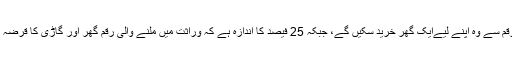
پانچ فیصد بچوں کو توقع ہے کہ اس رقم سے وہ اپنے لیےایک گھر خرید سکیں گے، جبکہ 25 فیصد کا اندازہ ہے کہ وراثت میں ملنے والی رقم گھر اور گاڑی کا قرضہ ادا کرنے میں ان کے کام آ سکے گی۔